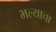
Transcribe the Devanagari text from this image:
भल्याचा